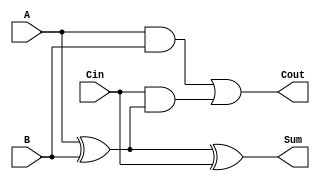
module low_power_full_adder (
    input wire A,      // First input bit
    input wire B,      // Second input bit
    input wire Cin,    // Carry input bit
    output wire Sum,   // Output sum bit
    output wire Cout   // Carry output bit
);

// Intermediate signals
wire AxorB; // A XOR B

// Sum calculation using XOR gates
assign AxorB = A ^ B; // First XOR
assign Sum = AxorB ^ Cin; // Second XOR for final sum

// Carry output calculation using AND and OR gates
assign Cout = (A & B) | (Cin & AxorB); // Carry out

endmodule